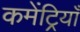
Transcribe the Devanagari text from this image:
कमेंट्रियाँ